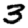
Digit: 3